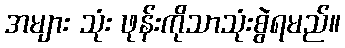
အများ သုံး ဖုန်းကိုသာသုံးစွဲရမည်။